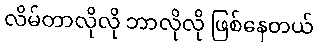
လိမ်တာလိုလို ဘာလိုလို ဖြစ်နေတယ်